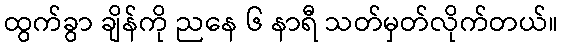
ထွက်ခွာ ချိန်ကို ညနေ ၆ နာရီ သတ်မှတ်လိုက်တယ်။